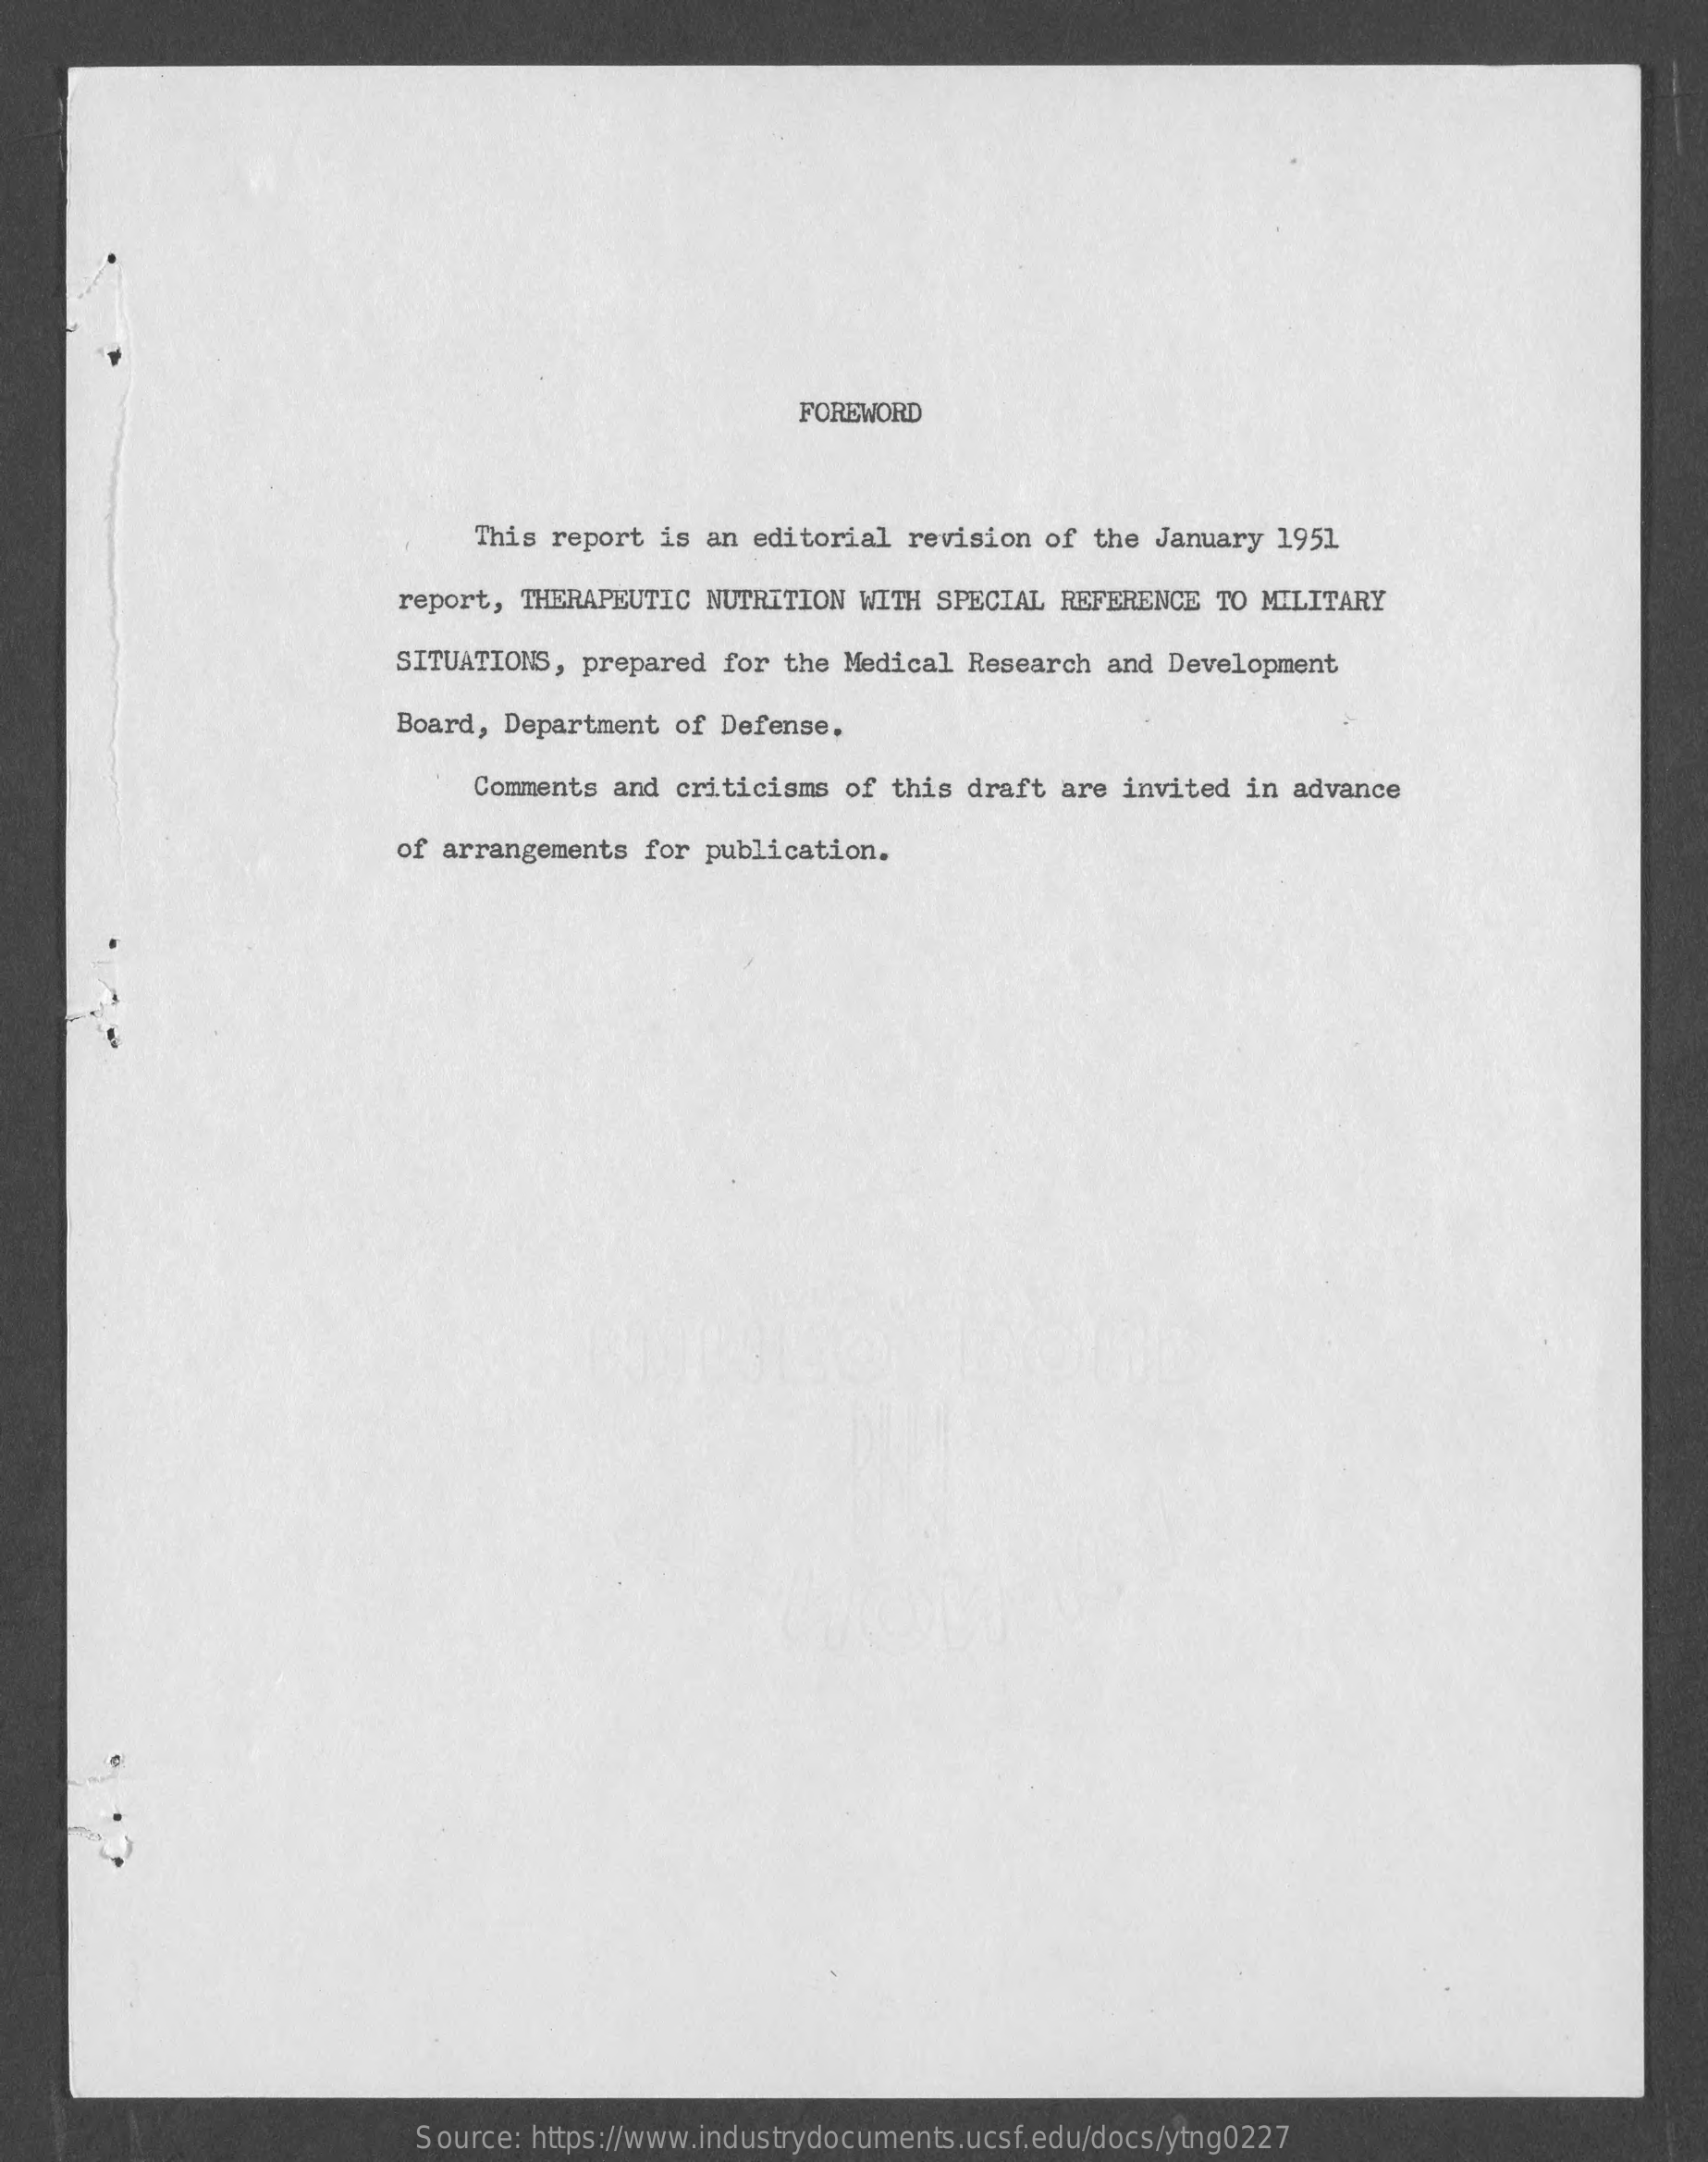
FOREWORD
     This report  is an editorial revision  of the January 1951
     report, THERAPEUTIC  NUTRITION WITH SPECIAL  REFERENCE TO MILITARY
     SITUATIONS, prepared  for the Medical Research  and Development
     Board, Department  of Defense.
     Comments and  criticisms of this draft  are invited in advance
     of arrangements for  publication.
     Source: https://www.industrydocuments.ucsf.edu/docs/ytng0227